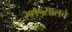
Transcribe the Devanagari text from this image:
२०१५सालचे